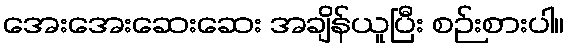
အေးအေးဆေးဆေး အချိန်ယူပြီး စဉ်းစားပါ။